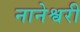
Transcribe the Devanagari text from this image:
नानेश्वरी